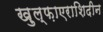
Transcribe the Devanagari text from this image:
ख़ुल्फ़ाएराशिदीन